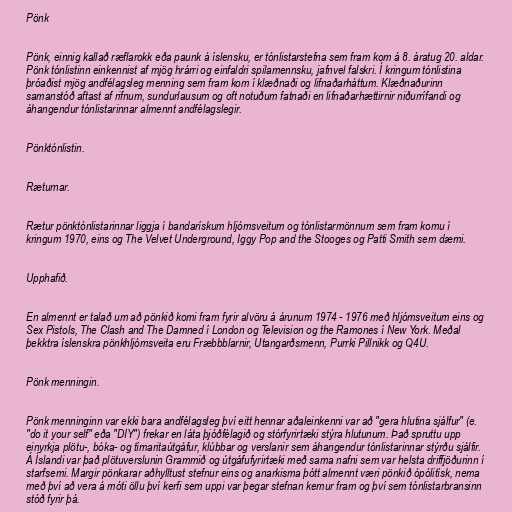
Pönk

Pönk, einnig kallað ræflarokk eða paunk á íslensku, er tónlistarstefna sem fram kom á 8. áratug 20. aldar.
Pönk tónlistinn einkennist af mjög hrárri og einfaldri spilamennsku, jafnvel falskri. Í kringum tónlistina
þróaðist mjög andfélagsleg menning sem fram kom í klæðnaði og lifnaðarháttum. Klæðnaðurinn
samanstóð aftast af rifnum, sundurlausum og oft notuðum fatnaði en lifnaðarhættirnir niðurrífandi og
áhangendur tónlistarinnar almennt andfélagslegir.

Pönktónlistin.

Ræturnar.

Rætur pönktónlistarinnar liggja í bandarískum hljómsveitum og tónlistarmönnum sem fram komu í
kringum 1970, eins og The Velvet Underground, Iggy Pop and the Stooges og Patti Smith sem dæmi.

Upphafið.

En almennt er talað um að pönkið komi fram fyrir alvöru á árunum 1974 - 1976 með hljómsveitum eins og
Sex Pistols, The Clash and The Damned í London og Television og the Ramones í New York. Meðal
þekktra íslenskra pönkhljómsveita eru Fræbbblarnir, Utangarðsmenn, Purrki Pillnikk og Q4U.

Pönk menningin.

Pönk menninginn var ekki bara andfélagsleg því eitt hennar aðaleinkenni var að "gera hlutina sjálfur" (e.
"do it your self" eða "DIY") frekar en láta þjóðfélagið og stórfyrirtæki stýra hlutunum. Það spruttu upp
einyrkja plötu-, bóka- og tímaritaútgáfur, klúbbar og verslanir sem áhangendur tónlistarinnar stýrðu sjálfir.
Á Íslandi var það plötuverslunin Grammið og útgáfufyrirtæki með sama nafni sem var helsta driffjöðurinn í
starfsemi. Margir pönkarar aðhylltust stefnur eins og anarkisma þótt almennt væri pönkið ópólitísk, nema
með því að vera á móti öllu því kerfi sem uppi var þegar stefnan kemur fram og því sem tónlistarbransinn
stóð fyrir þá.